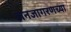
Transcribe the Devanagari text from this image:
जनजागरणच्या